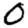
Digit: 0